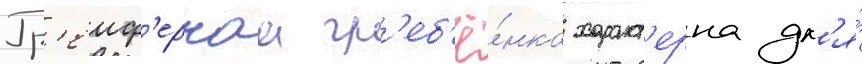
Гр'еиф'ернаа гр'еб'ё́нка характ'ерна дл'я́